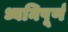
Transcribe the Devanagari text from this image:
ध्वनिपूर्ण